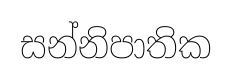
සන්නිපාතික